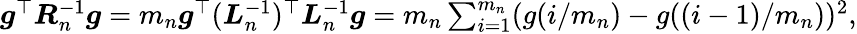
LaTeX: \begin{array}{r}{\boldsymbol{g}^{\top}\boldsymbol{R}_{n}^{-1}\boldsymbol{g}=m_{n}\boldsymbol{g}^{\top}(\boldsymbol{L}_{n}^{-1})^{\top}\boldsymbol{L}_{n}^{-1}\boldsymbol{g}=m_{n}\sum_{i=1}^{m_{n}}(g(i/m_{n})-g((i-1)/m_{n}))^{2},}\end{array}